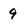
Character: 9